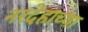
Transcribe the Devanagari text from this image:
नरदेहाच्या